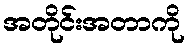
အတိုင်းအတာကို